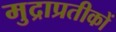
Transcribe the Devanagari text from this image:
मुद्राप्रतीकों